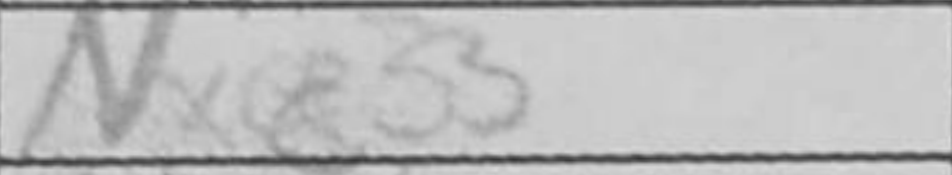
Transcription: Nxc3